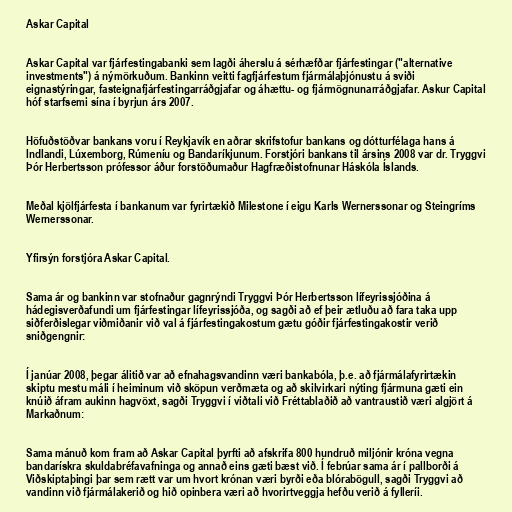
Askar Capital

Askar Capital var fjárfestingabanki sem lagði áherslu á sérhæfðar fjárfestingar ("alternative
investments") á nýmörkuðum. Bankinn veitti fagfjárfestum fjármálaþjónustu á sviði
eignastýringar, fasteignafjárfestingarráðgjafar og áhættu- og fjármögnunarráðgjafar. Askur Capital
hóf starfsemi sína í byrjun árs 2007.

Höfuðstöðvar bankans voru í Reykjavík en aðrar skrifstofur bankans og dótturfélaga hans á
Indlandi, Lúxemborg, Rúmeníu og Bandaríkjunum. Forstjóri bankans til ársins 2008 var dr. Tryggvi
Þór Herbertsson prófessor áður forstöðumaður Hagfræðistofnunar Háskóla Íslands.

Meðal kjölfjárfesta í bankanum var fyrirtækið Milestone í eigu Karls Wernerssonar og Steingríms
Wernerssonar.

Yfirsýn forstjóra Askar Capital.

Sama ár og bankinn var stofnaður gagnrýndi Tryggvi Þór Herbertsson lífeyrissjóðina á
hádegisverðafundi um fjárfestingar lífeyrissjóða, og sagði að ef þeir ætluðu að fara taka upp
siðferðislegar viðmiðanir við val á fjárfestingakostum gætu góðir fjárfestingakostir verið
sniðgengnir:

Í janúar 2008, þegar álitið var að efnahagsvandinn væri bankabóla, þ.e. að fjármálafyrirtækin
skiptu mestu máli í heiminum við sköpun verðmæta og að skilvirkari nýting fjármuna gæti ein
knúið áfram aukinn hagvöxt, sagði Tryggvi í viðtali við Fréttablaðið að vantraustið væri algjört á
Markaðnum:

Sama mánuð kom fram að Askar Capital þyrfti að afskrifa 800 hundruð miljónir króna vegna
bandarískra skuldabréfavafninga og annað eins gæti bæst við. Í febrúar sama ár í pallborði á
Viðskiptaþingi þar sem rætt var um hvort krónan væri byrði eða blórabögull, sagði Tryggvi að
vandinn við fjármálakerið og hið opinbera væri að hvorirtveggja hefðu verið á fylleríi.